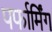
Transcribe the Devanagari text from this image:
पर्फार्मिंग